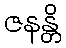
ဇနန္တိ